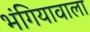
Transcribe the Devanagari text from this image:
भंगियावाला